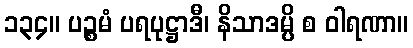
၁၃၄။ ပဉ္စမံ ပရပုဋ္ဌာဒီ၊ နိသာဒမ္ပိ စ ဝါရဏာ။